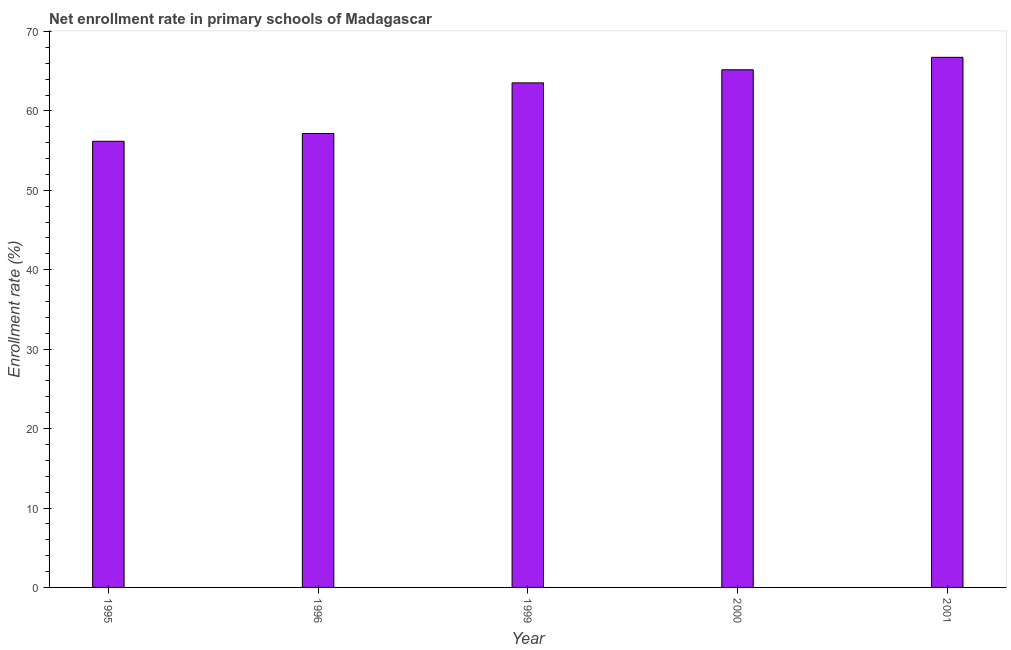
| Year | Adjusted net enrolment rate |
 | --- | --- |
 | 1995 | 56.2 |
 | 1996 | 57.2 |
 | 1999 | 63.5 |
 | 2000 | 65.2 |
 | 2001 | 66.7 |